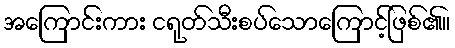
အကြောင်းကား ငရုတ်သီးစပ်သောကြောင့်ဖြစ်၏။